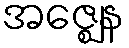
အဇ္ဈေန